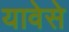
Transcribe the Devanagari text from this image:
यावेसे